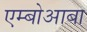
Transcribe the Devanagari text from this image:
एम्बोआबा